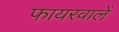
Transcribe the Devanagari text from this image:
फायरवालें